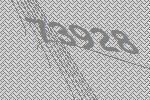
73928